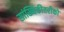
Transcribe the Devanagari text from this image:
सांख्यिकीतरीको